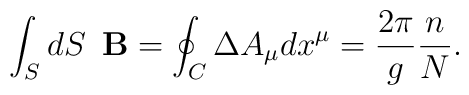
\int_{S} dS \enspace {\bf B} = \oint_{C} \Delta A_{\mu} dx^{\mu} = \frac{2\pi}{g} \frac{n}{N} .